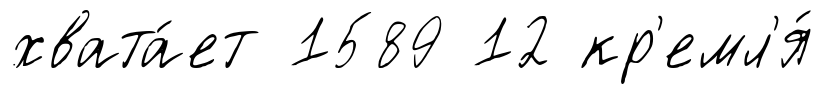
хвата́ет 1589 12 кр'емл'я́